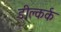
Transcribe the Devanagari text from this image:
डीक्लर्क